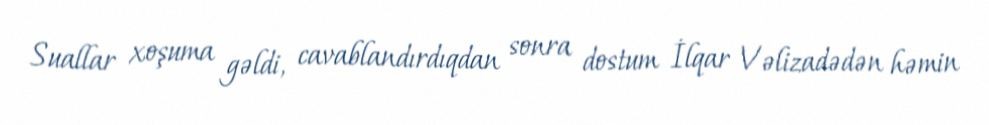
Suallar xoşuma gəldi, cavablandırdıqdan sonra dostum İlqar Vəlizadədən həmin